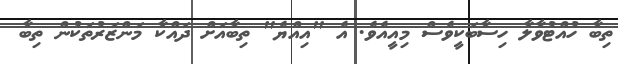
ތިބާ ހުއްޓުވާލާ ހިސާބަކީވެސް މިއީއެވެ. އެ "އިއްޔެ" ތިބާއަށް ދައްކާ މަންޒަރުތަކުން ތިބާ